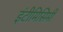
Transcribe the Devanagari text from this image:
इंटीमिसिमी